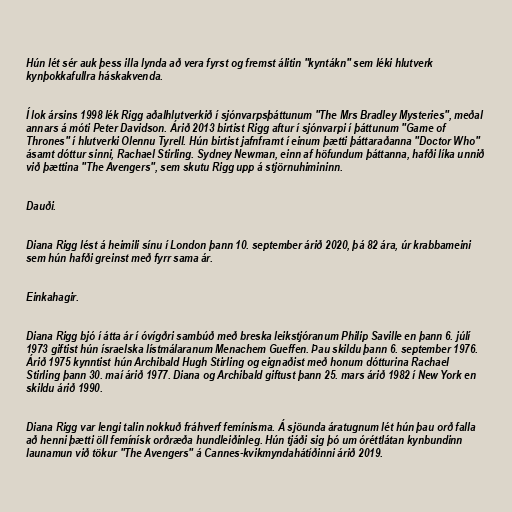
Hún lét sér auk þess illa lynda að vera fyrst og fremst álitin "kyntákn" sem léki hlutverk
kynþokkafullra háskakvenda.

Í lok ársins 1998 lék Rigg aðalhlutverkið í sjónvarpsþáttunum "The Mrs Bradley Mysteries", meðal
annars á móti Peter Davidson. Árið 2013 birtist Rigg aftur í sjónvarpi í þáttunum "Game of
Thrones" í hlutverki Olennu Tyrell. Hún birtist jafnframt í einum þætti þáttaraðanna "Doctor Who"
ásamt dóttur sinni, Rachael Stirling. Sydney Newman, einn af höfundum þáttanna, hafði líka unnið
við þættina "The Avengers", sem skutu Rigg upp á stjörnuhimininn.

Dauði.

Diana Rigg lést á heimili sínu í London þann 10. september árið 2020, þá 82 ára, úr krabbameini
sem hún hafði greinst með fyrr sama ár.

Einkahagir.

Diana Rigg bjó í átta ár í óvígðri sambúð með breska leikstjóranum Philip Saville en þann 6. júlí
1973 giftist hún ísraelska lístmálaranum Menachem Gueffen. Þau skildu þann 6. september 1976.
Árið 1975 kynntist hún Archibald Hugh Stirling og eignaðist með honum dótturina Rachael
Stirling þann 30. maí árið 1977. Diana og Archibald giftust þann 25. mars árið 1982 í New York en
skildu árið 1990.

Diana Rigg var lengi talin nokkuð fráhverf femínisma. Á sjöunda áratugnum lét hún þau orð falla
að henni þætti öll femínísk orðræða hundleiðinleg. Hún tjáði sig þó um óréttlátan kynbundinn
launamun við tökur "The Avengers" á Cannes-kvikmyndahátíðinni árið 2019.